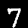
Digit: 7